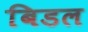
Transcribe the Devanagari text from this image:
बिडल